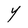
Character: Y